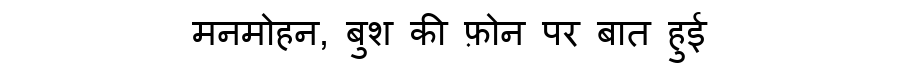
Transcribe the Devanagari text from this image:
मनमोहन, बुश की फ़ोन पर बात हुई